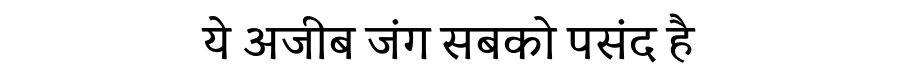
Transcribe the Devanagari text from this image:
ये अजीब जंग सबको पसंद है